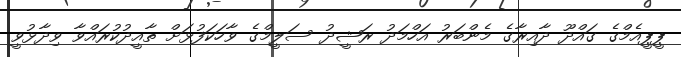
ޕީޕީއެމްގެ ގައްދޫ ދާއިރާގެ މެންބަރު އަހްމަދު ރަޝީދު ސަލީމްގެ ވާހަކަފުޅަށް ތާއީދުކުރައްވާ ވިދާޅުވީ